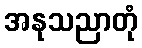
အနုသညာတုံ